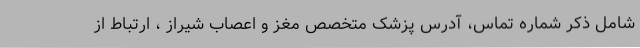
شامل ذکر شماره تماس، آدرس پزشک متخصص مغز و اعصاب شیراز ، ارتباط از